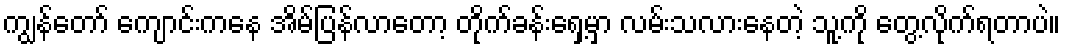
ကျွန်တော် ကျောင်းကနေ အိမ်ပြန်လာတော့ တိုက်ခန်းရှေ့မှာ လမ်းသလားနေတဲ့ သူ့ကို တွေ့လိုက်ရတာပဲ။